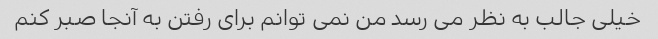
خیلی جالب به نظر می رسد من نمی توانم برای رفتن به آنجا صبر کنم